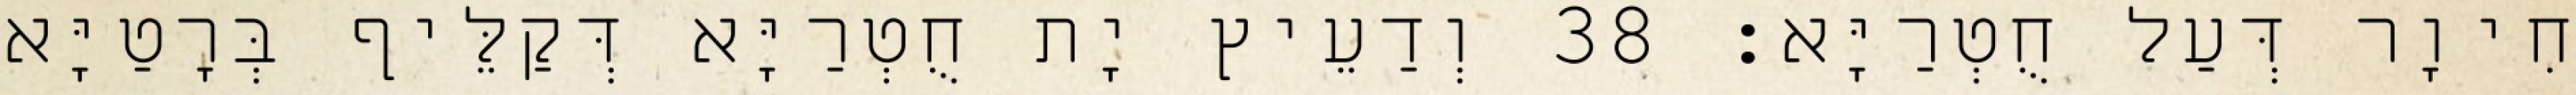
חִיוָר דְּעַל חֻטְרַיָּא׃ 38 וְדַעֵיץ יָת חֻטְרַיָּא דְּקַלֵּיף בְּרָטַיָּא